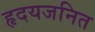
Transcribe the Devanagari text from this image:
हृदयजनित